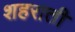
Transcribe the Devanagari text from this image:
शहराती